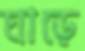
ঘাড়ে